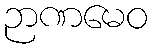
ဉာဏမေဝ